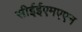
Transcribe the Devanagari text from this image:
सीईईएमएएन